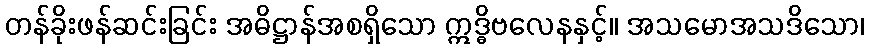
တန်ခိုးဖန်ဆင်းခြင်း အဓိဋ္ဌာန်အစရှိသော ဣဒ္ဓိဗလေနနှင့်။ အသမောအသဒိသော၊